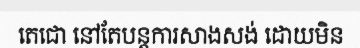
តេជោ នៅតែបន្តការសាងសង់ ដោយមិន